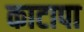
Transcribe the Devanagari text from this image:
काटापा